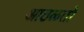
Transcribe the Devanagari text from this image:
आठळतो